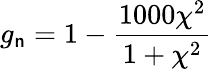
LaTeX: g_{\mathsf{n}}=1-\frac{{1000\chi^{2}}}{{1+\chi^{2}}}